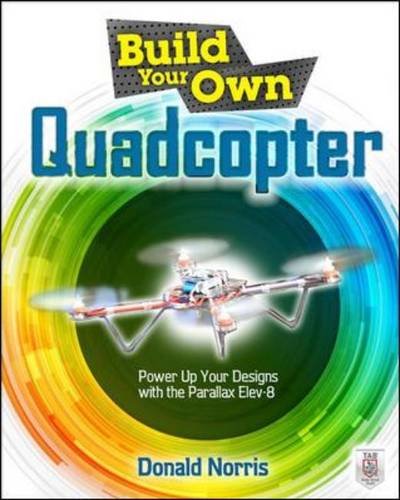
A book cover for Build Your Own Quadcopter: Power Up Your Designs with the Parallax Elev-8; Donald Norris; Computers & Technology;